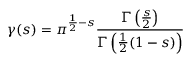
\gamma ( s ) = \pi ^ { { \frac { 1 } { 2 } } - s } { \frac { \Gamma \left( { \frac { s } { 2 } } \right) } { \Gamma \left( { \frac { 1 } { 2 } } ( 1 - s ) \right) } }